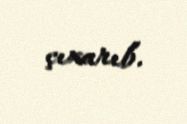
çıxarıb.